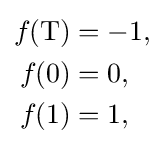
{\begin{aligned}f_{}(\operatorname {T} )&=-1,\\f_{}(0)&=0,\\f_{}(1)&=1,\end{aligned}}